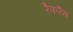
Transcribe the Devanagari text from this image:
रैफरैंस